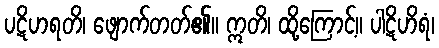
ပဋိဟရတိ၊ ဖျောက်တတ်၏။ ဣတိ၊ ထို့ကြောင့်။ ပါဋိဟိရံ၊